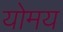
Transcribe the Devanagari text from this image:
योमय